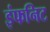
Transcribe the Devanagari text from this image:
इंफनिट